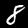
Digit: 8